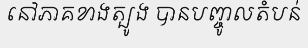
នៅភាគខាងត្បូង បានបញ្ចូលតំបន់